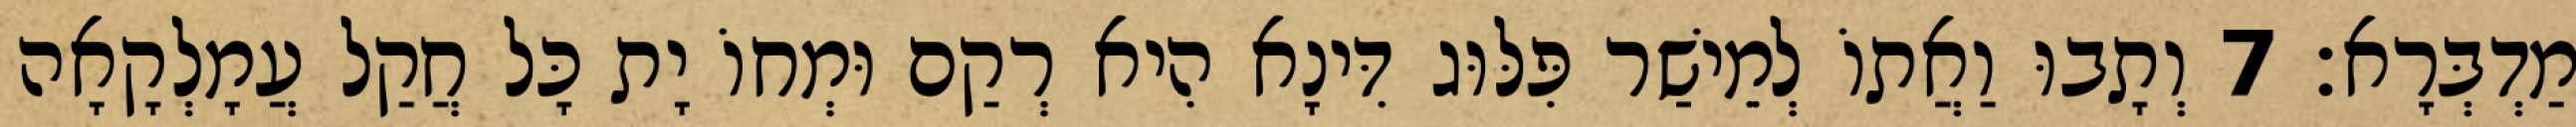
מַדְבְּרָא׃ 7 וְתָבוּ וַאֲתוֹ לְמֵישַׁר פִּלּוּג דִּינָא הִיא רְקַם וּמְחוֹ יָת כָּל חֲקַל עֲמָלְקָאָה